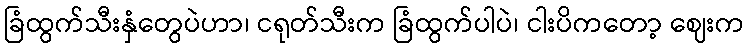
ခြံထွက်သီးနှံတွေပဲဟာ၊ ငရုတ်သီးက ခြံထွက်ပါပဲ၊ ငါးပိကတော့ ဈေးက